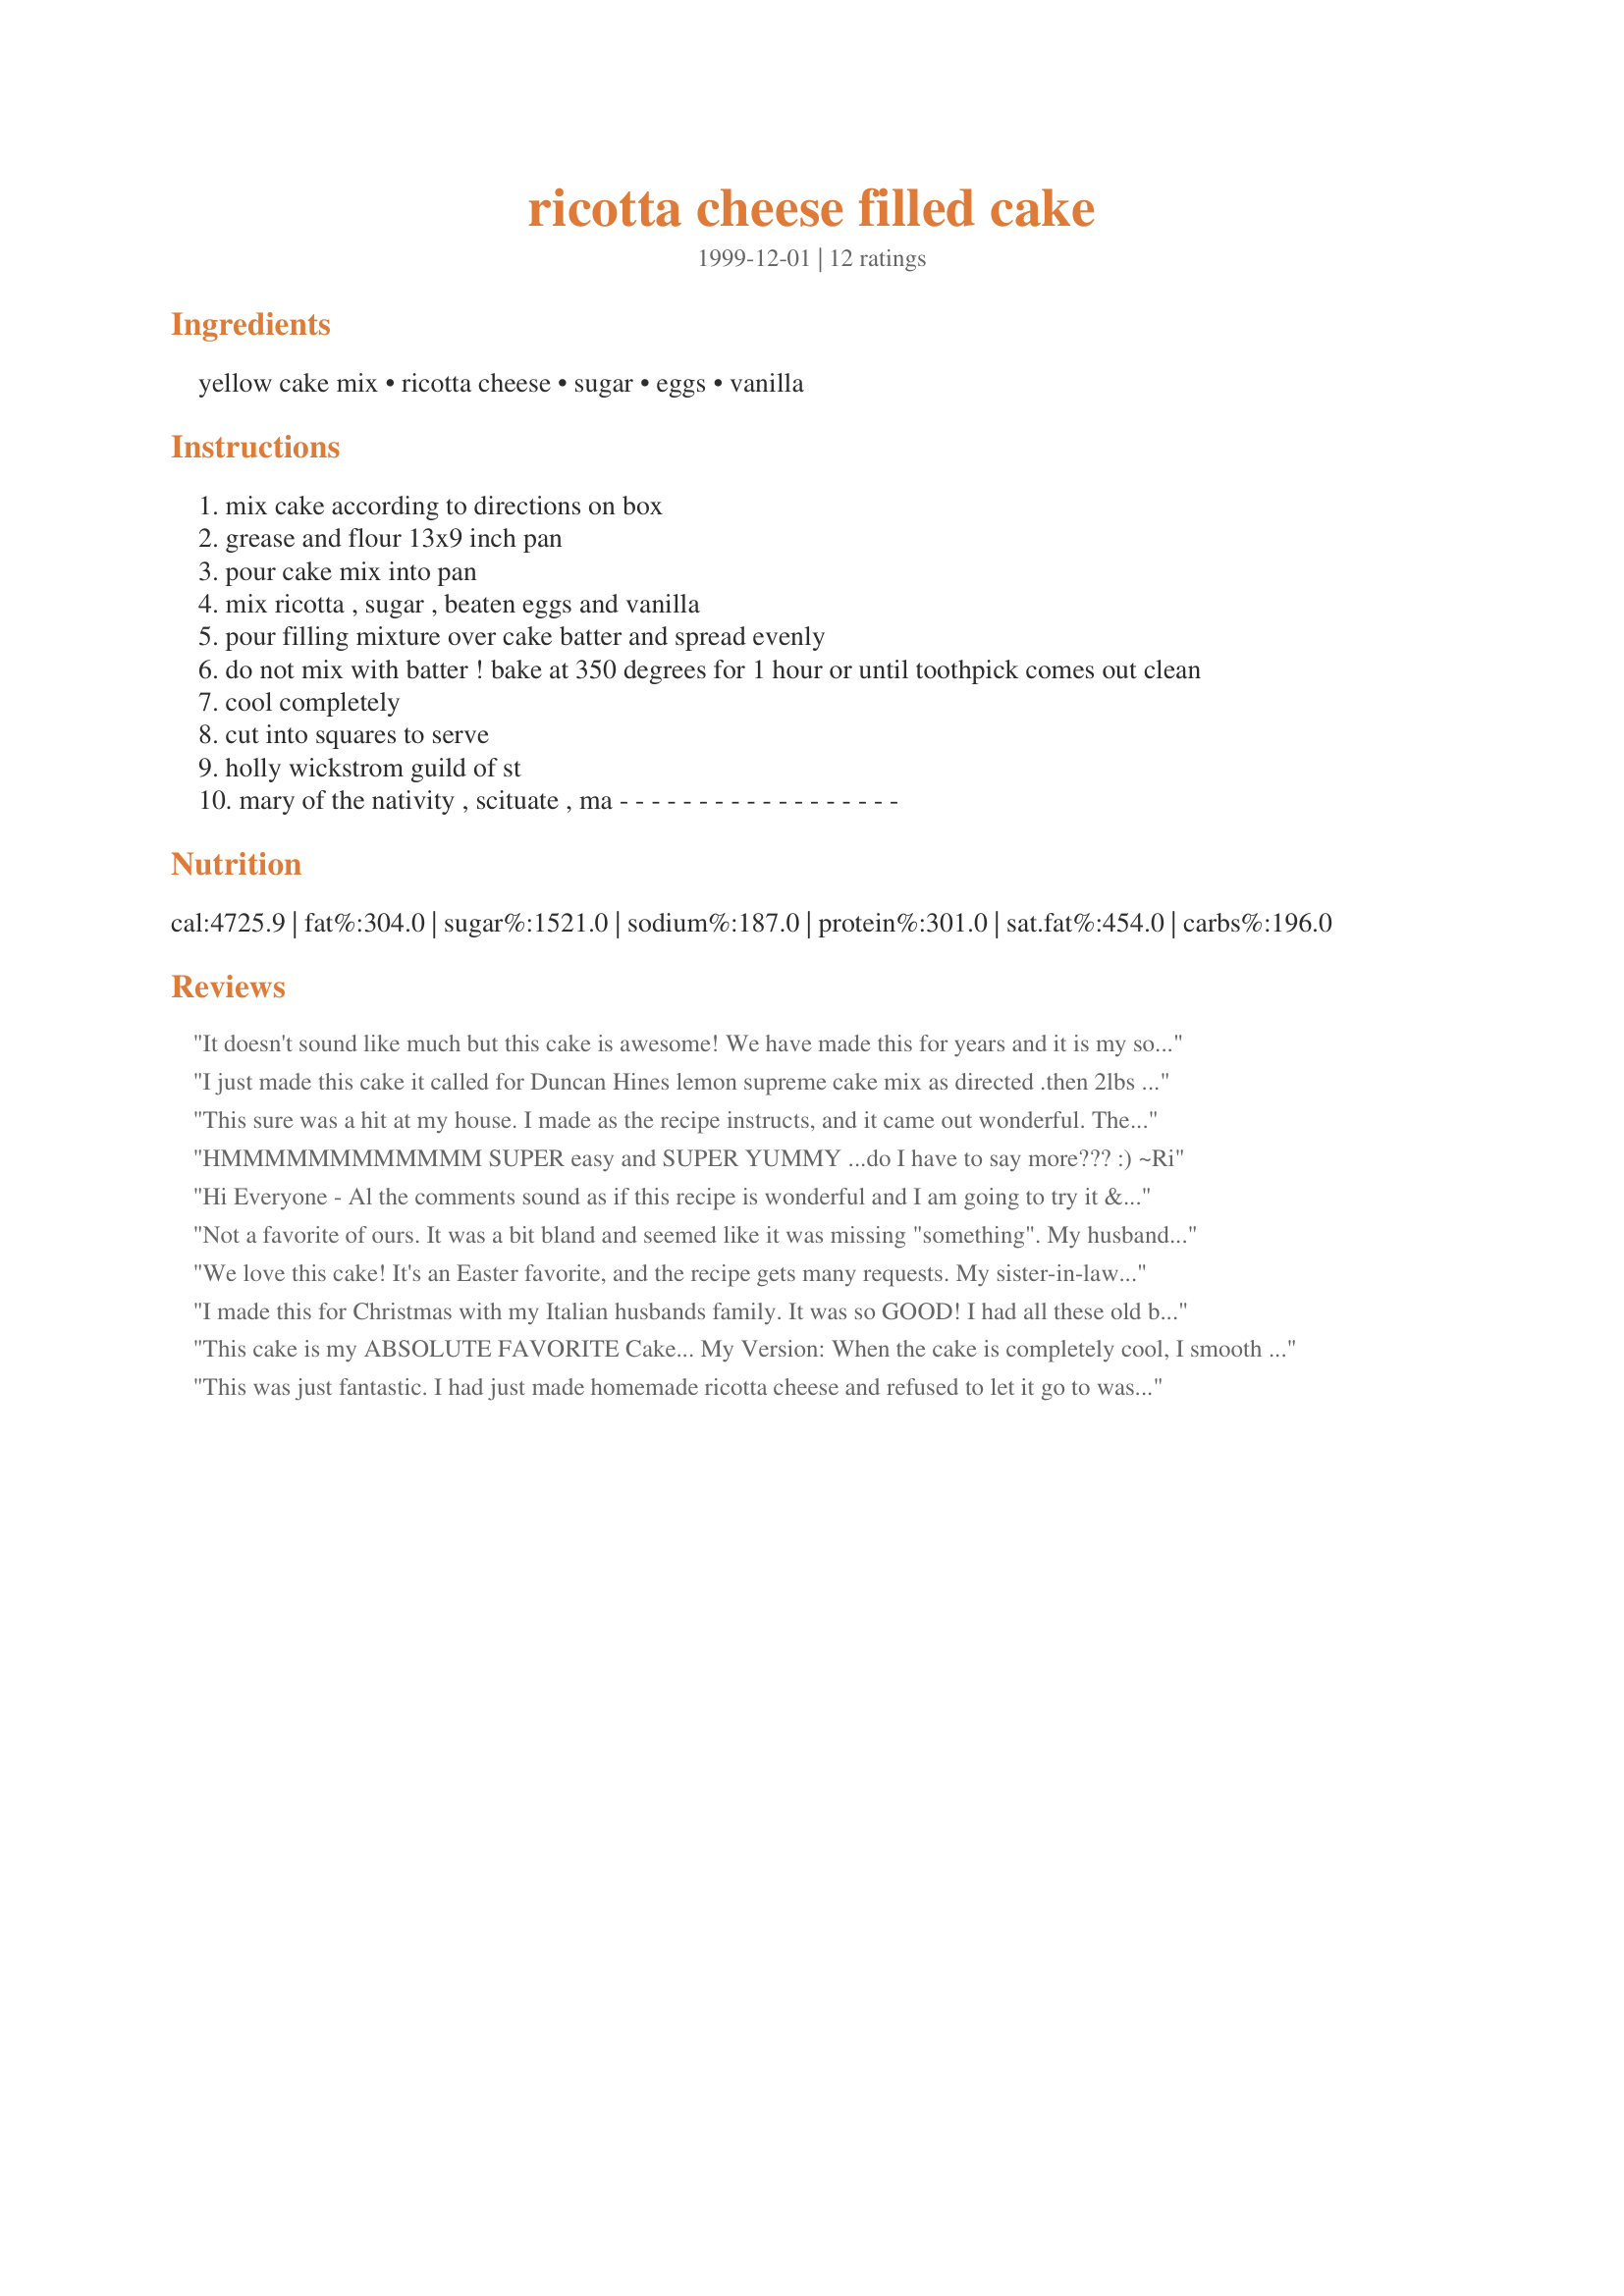
ricotta cheese filled cake
Preparation time: 0 minutes

Ingredients:
yellow cake mix, ricotta cheese, sugar, eggs, vanilla

Steps:
mix cake according to directions on box
grease and flour 13x9 inch pan
pour cake mix into pan
mix ricotta , sugar , beaten eggs and vanilla
pour filling mixture over cake batter and spread evenly
do not mix with batter ! bake at 350 degrees for 1 hour or until toothpick comes out clean
cool completely
cut into squares to serve
holly wickstrom guild of st
mary of the nativity , scituate , ma - - - - - - - - - - - - - - - - - -

Reviews:
It doesn't sound like much but this cake is awesome! We have made this for years and it is my sons request for birthday cake. The ricotta cheese mixture sinks to the bottom. Very moist cake, no frosting needed. We dust the top of the cake with powdered sugar.
I just made this cake it called for Duncan Hines lemon supreme cake mix as directed .then 2lbs ricotta 4 eggs 1 tea lemon extract 1 cup sugar ( next time I will cut that down to 1/2 cup ) Thank u Honey for sharing miss u.
This sure was a hit at my house. I made as the recipe instructs, and it came out wonderful. The cake part was nice and moist and the cheese custard, which goes to the bottom of the pan during baking was to die for! You add that to delicious whipped cream and cinnamon and nut mixture and this is one cake you won't forget in a hurry! It was EXCELLENT and everyone wants it again REAL soon. My DS even said he wants it for his birthday cake this year. This is one cake you want to keep refrigerated.
HMMMMMMMMMMMM SUPER easy and SUPER YUMMY ...do I have to say more???

:)
~Ri
Hi Everyone - Al the comments sound as if this recipe is wonderful and I am going to try it &quot;as is&quot;. But, I also had a thought when reading the recipe for a variation for some lemon flavor: How about using one box of lemon flavored cake mix instead of the yellow cake mix. And, adding one tablespoon of grated lemon zest and two teaspoons of fresh lemon juice to the ricotta mixture. And, even perhaps even tiny dollops of lemon curd on top of the ricotta mixture prior to baking. For those of us who love lemon-flavored desserts perhaps this might be worth a try? Perhaps some ideas for consideration - Lynn
Not a favorite of ours. It was a bit bland and seemed like it was missing "something". My husband suggested maybe a fruit sauce to spoon over. My oldest daughter put chocolate ice cream topping on her slice and said it was better that way.
We love this cake! It's an Easter favorite, and the recipe gets many requests. My sister-in-law made it for many years, now it's my turn. We make it without sugar in the ricotta layer, and one less egg, which gives it more of an Italian cheesecake flavor/texture. Then we dust the top lightly with powdered sugar. Either way, this is the greatest and never fails to impress. Thanks for posting!!!
I made this for Christmas with my Italian husbands family. It was so GOOD! I had all these old biddies asking me for the recipe since it was better than their ricotta cakes by far. I did put whipped cream and cinnamon sugar on top of it but since I ran out of walnuts I used slivered almonds instead. I had to cook it for an extra 15 minutes as it still wasn't firm at the one hour mark, but I do think it is better to slightly undercook this cake than to overcook it, as it is supposed to be moist. I will be making this again as my hubby has demanded it. Thanks for a great recipe!
This cake is my ABSOLUTE FAVORITE Cake... My Version: When the cake is completely cool, I smooth 1 lg. tub of Cool Whip over the top, then add sugar and cinnamon mixture generously over the top, then sprinkle with crushed walnuts. Keep refrigerated... I won a cooking contest with this recipe and wanted to post it, but since this basic recipe is here, it won't let me post my recipe :( Anyway, I will post a photo of the cake the way I make it... The recipe just happens to be from a lady who attends the church I attended in Scituate Mass, when I was little... It's a smallllll world!
This was just fantastic. I had just made homemade ricotta cheese and refused to let it go to waste, so I searched here for a sweet snack. This was so brainlessly easy, but with great results. I have never, ever heard of ricotta cake before, but just reading the ingredients, duh, its got to be good. Next time, I plan to add fruit to it some how, but I don't ever want to overpower the amazing taste of fresh ricotta, so I will have to get creative. Thank you Joseph, this Italian based recipe will be a new staple in my German/Irish/Spanish/Mexican family!
Easy and awesome taste! Try it..you'll like it!!
This is an excellent cake the only thing that I do a little bit differently is to add a can of pie filling to the top of the ricotta mixture so that as it bakes the fruit ends up in the middle. Blueberry, cherry and raspberry are some favorites. It is a favorite whenever I bring it to parties or family gatherings.
